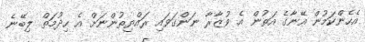
އެހެންކަމުން އޭނާގެ އަތުން އެ ވުޒާރާ ނަންގަވައި ރައްޔިތުންނަށް އެ ހިދުމަތް ލިބޭނެ